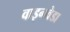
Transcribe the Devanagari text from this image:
वाइनवेडा